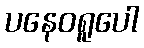
ပနေဝရူပေါ